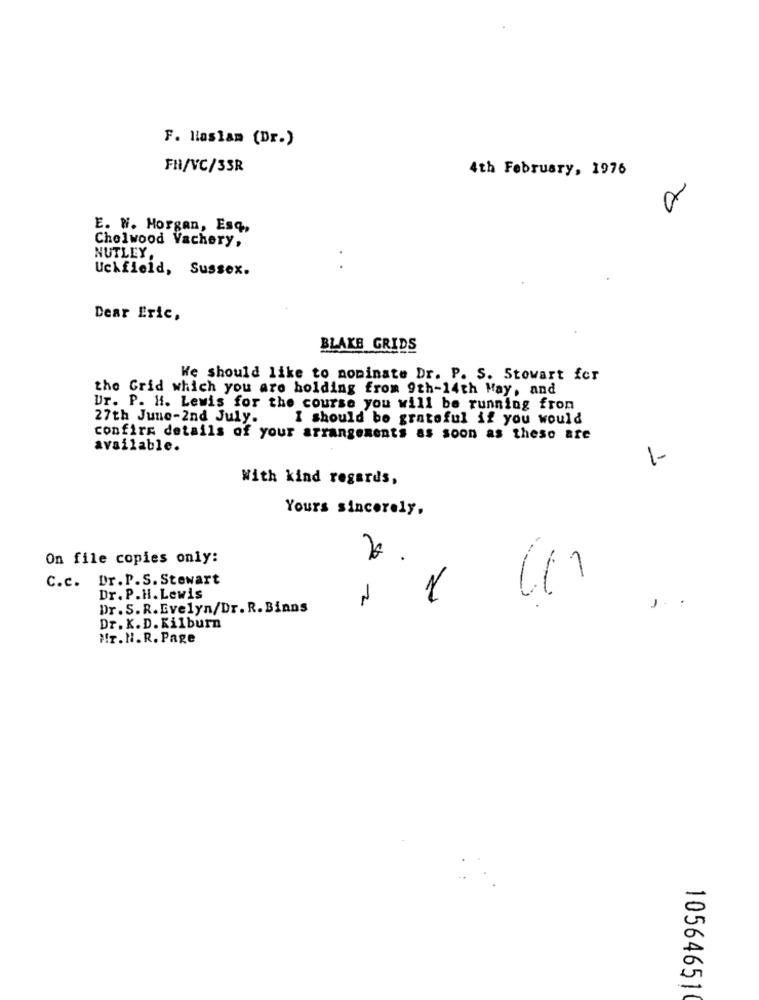
F. Haslam (Dr.)
FH/VC/33R
4th February, 1976
E. W. Horgan, Esq,
Chelwood Vachery,
NUTLEY.
Uckfield, Sussex.
Dear Eric,
BLAKE GRIDS
We should like to nominate Dr. P. S. Stowart fer
the Grid which you are holding from 9th-14th May, and
Ur. P. H. Lewis for the course you will be running from
27th June-2nd July.
I should be grateful if you would
confirm details of your arrangements as soon as these are
available.
1-
With kind regards,
Yours sincerely.
On file copies only:
.
C.c. Dr.P.S. Stewart
Dr. P.H. Lewis
2
1
Dr. S.R.Evelyn/Dr. R. Binns
Dr. K.D. Kilburn
HT. N. R. Page
10564651